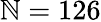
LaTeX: \mathbb{N}=126